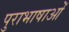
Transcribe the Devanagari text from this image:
पुराभाषाओं